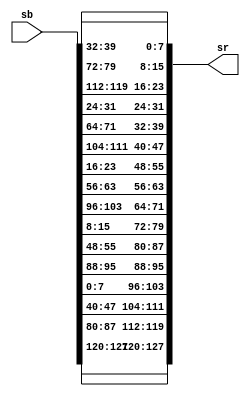
//Shiftrow Aes Encryption 
// Vi lam 
// Last update: 7/27/20
//Fuction:
// Operates on the rows of the states
// Shifted the bytes cyclically in each row by a certain offset

module shiftrow(sb,sr);

input [127:0] sb;
output wire [127:0] sr;


assign         sr[127:120] = sb[127:120];  
assign         sr[119:112] = sb[87:80];
assign         sr[111:104] = sb[47:40];
assign         sr[103:96]  = sb[7:0];
   
assign          sr[95:88] = sb[95:88];
assign          sr[87:80] = sb[55:48];
assign          sr[79:72] = sb[15:8];
assign          sr[71:64] = sb[103:96];
   
assign          sr[63:56] = sb[63:56];
assign          sr[55:48] = sb[23:16];
assign          sr[47:40] = sb[111:104];
assign          sr[39:32] = sb[71:64];
   
assign          sr[31:24] = sb[31:24];
assign          sr[23:16] = sb[119:112];
assign          sr[15:8]  = sb[79:72];
assign          sr[7:0]   = sb[39:32]; 


endmodule




module test();
wire [127:0] state_in;
wire [127:0] state_out;
assign state_in = 128'h63c0ab20eb2f30cb9f93af2ba092c7a2;
shiftrow data_in(state_in, state_out);
endmodule